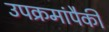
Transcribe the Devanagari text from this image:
उपक्रमांपैकी